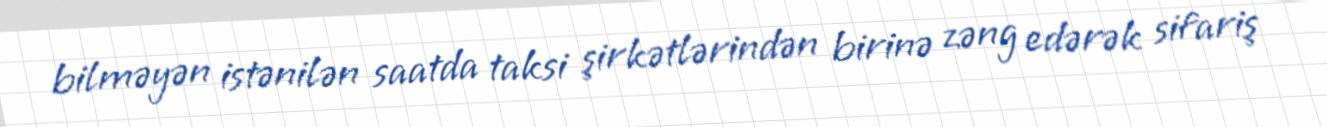
bilməyən istənilən saatda taksi şirkətlərindən birinə zəng edərək sifariş